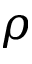
\rho